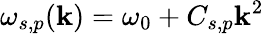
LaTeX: \omega_{s,p}(\mathbf{k})=\omega_{0}+C_{s,p}\mathbf{k}^{2}